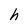
Character: h